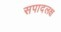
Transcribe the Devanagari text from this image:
सपादलक्ष